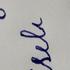
Signature authenticity: forged